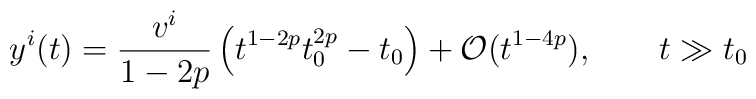
y^i(t) =\frac{v^i}{1-2p}\left(t^{1-2p}t_0^{2p} - t_0 \right) + {\cal O}(t^{1-4p}), \qquad t  \gg t_0